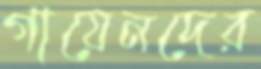
গায়েনদের